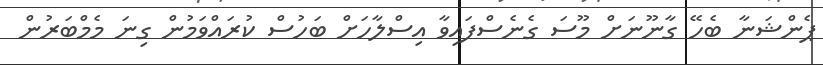
ޕެންޝަނާ ބެހޭ ގާނޫނަށް މޫސަ ގެނެސްފައިވާ އިސްލާހަށް ބަހުސް ކުރައްވަމުން ގިނަ މެމްބަރުން